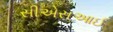
સીએસઆઈ